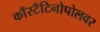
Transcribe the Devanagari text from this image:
काँस्टँटिनोपोलवर